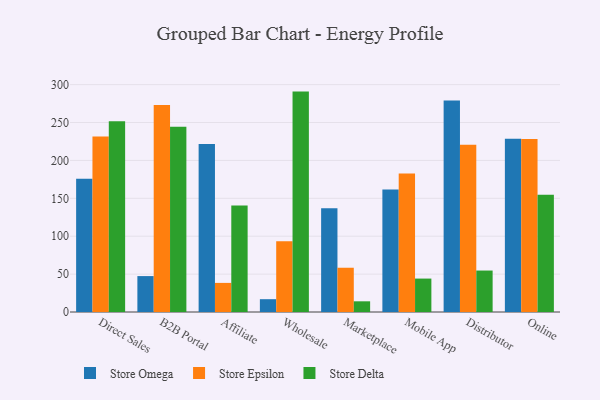
{"axis": {"x": "Channel", "y": "Temperature (°C)"}, "legend": ["Store Delta", "Store Epsilon", "Store Omega"], "data": [{"x": "Direct Sales", "y": 175.9, "type": "Store Omega"}, {"x": "Direct Sales", "y": 231.6, "type": "Store Epsilon"}, {"x": "Direct Sales", "y": 251.8, "type": "Store Delta"}, {"x": "B2B Portal", "y": 47.4, "type": "Store Omega"}, {"x": "B2B Portal", "y": 273.0, "type": "Store Epsilon"}, {"x": "B2B Portal", "y": 244.3, "type": "Store Delta"}, {"x": "Affiliate", "y": 221.8, "type": "Store Omega"}, {"x": "Affiliate", "y": 38.4, "type": "Store Epsilon"}, {"x": "Affiliate", "y": 140.5, "type": "Store Delta"}, {"x": "Wholesale", "y": 16.9, "type": "Store Omega"}, {"x": "Wholesale", "y": 93.4, "type": "Store Epsilon"}, {"x": "Wholesale", "y": 290.8, "type": "Store Delta"}, {"x": "Marketplace", "y": 137.0, "type": "Store Omega"}, {"x": "Marketplace", "y": 58.4, "type": "Store Epsilon"}, {"x": "Marketplace", "y": 14.1, "type": "Store Delta"}, {"x": "Mobile App", "y": 161.7, "type": "Store Omega"}, {"x": "Mobile App", "y": 182.9, "type": "Store Epsilon"}, {"x": "Mobile App", "y": 44.1, "type": "Store Delta"}, {"x": "Distributor", "y": 279.1, "type": "Store Omega"}, {"x": "Distributor", "y": 220.8, "type": "Store Epsilon"}, {"x": "Distributor", "y": 54.7, "type": "Store Delta"}, {"x": "Online", "y": 228.5, "type": "Store Omega"}, {"x": "Online", "y": 228.4, "type": "Store Epsilon"}, {"x": "Online", "y": 154.7, "type": "Store Delta"}]}